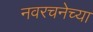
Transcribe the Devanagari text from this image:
नवरचनेच्या